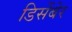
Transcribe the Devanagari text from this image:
डिसेंबेर